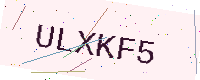
Text: ULXKF5